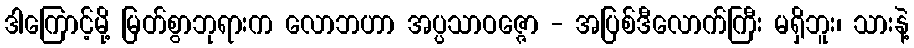
ဒါကြောင့်မို့ မြတ်စွာဘုရားက လောဘဟာ အပ္ပသာဝဇ္ဇော - အပြစ်ဒီလောက်ကြီး မရှိဘူး၊ သားနဲ့